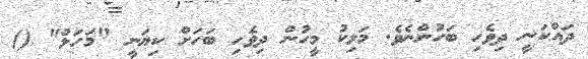
ދައްކަނީ ދިވެހި ބަހުންނެވެ. މަލިކު މީހުން ދިވެހި ބަހަށް ކިޔަނީ "މަހަލް" ()